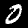
Label: 0